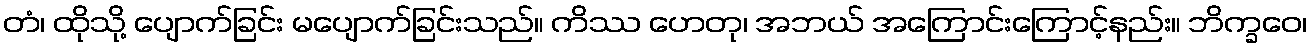
တံ၊ ထိုသို့ ပျောက်ခြင်း မပျောက်ခြင်းသည်။ ကိဿ ဟေတု၊ အဘယ် အကြောင်းကြောင့်နည်း။ ဘိက္ခဝေ၊